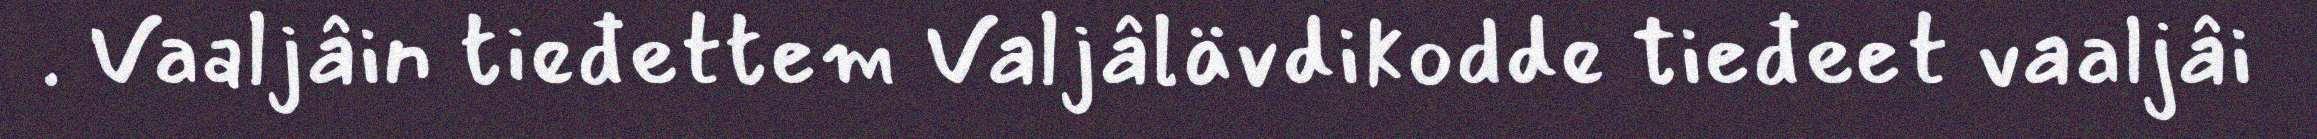
. Vaaljâin tieđettem Valjâlävdikodde tieđeet vaaljâi